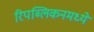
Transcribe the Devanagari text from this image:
रिपब्लिकनमध्ये